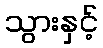
သွားနှင့်